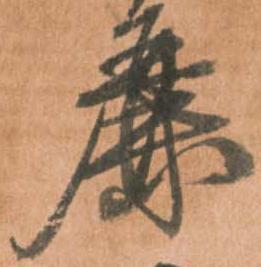
麗